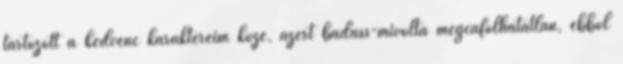
tartozott a kedvenc karaktereim közé, azért badass-mivolta megcáfolhatatlan, ebből